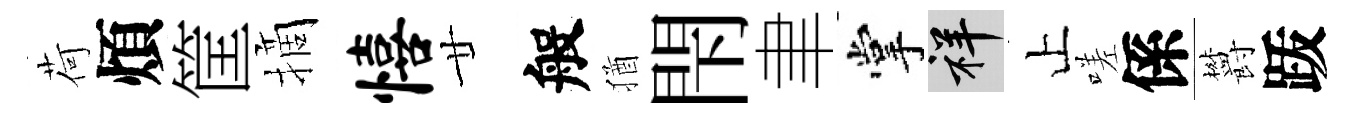
荷煩筐摘僖廿般猶閇聿掌祥止嗟係欝䟦